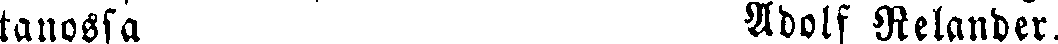
tanossa Adolf Relander.